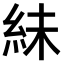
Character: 𫃟